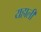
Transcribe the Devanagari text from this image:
यहाली